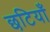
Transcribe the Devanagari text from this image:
छटियाँ